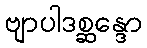
ဗျာပါဒစ္ဆန္ဒော